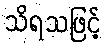
သိရသဖြင့်